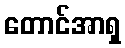
တောင်အာရှ